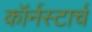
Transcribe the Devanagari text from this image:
कॉर्नस्टार्च